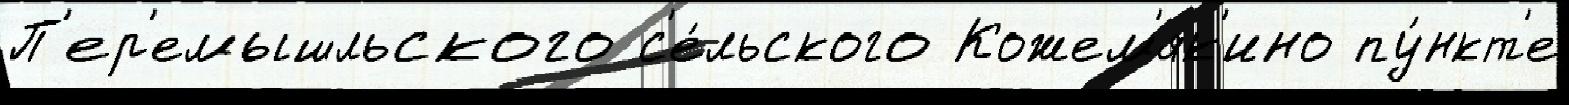
П'ер'емышльского с'е́льского Кожем'як'ино пу́нкт'е